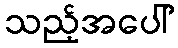
သည့်အပေါ်